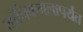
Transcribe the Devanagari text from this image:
योनिकमलापर्यंत